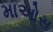
માઓસ